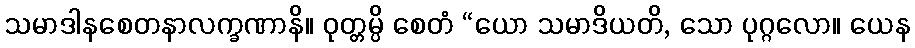
သမာဒါနစေတနာလက္ခဏာနိ။ ဝုတ္တမ္ပိ စေတံ “ယော သမာဒိယတိ, သော ပုဂ္ဂလော။ ယေန